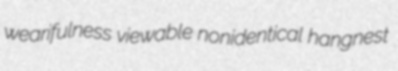
wearifulness viewable nonidentical hangnest